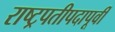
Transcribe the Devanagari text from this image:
राष्ट्रपतीपदापूर्वी